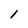
Character: 1